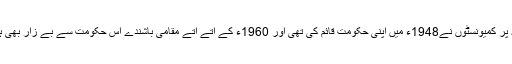
چیکو سلواکیہ پر کمیونسٹوں نے1948ء میں اپنی حکومت قائم کی تھی اور 1960ء کے آتے آتے مقامی باشندے اس حکومت سے بے زار بھی ہوچُکے تھے۔